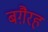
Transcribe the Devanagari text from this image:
बग़ैरह